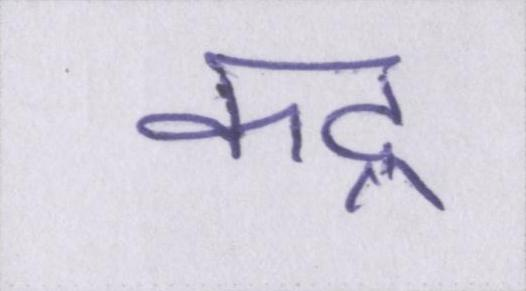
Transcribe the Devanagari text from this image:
कद्र